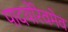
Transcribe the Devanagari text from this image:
पादयोरेवमेव